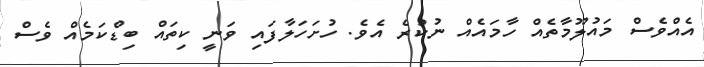
އެއްވެސް މައުލޫމާތެއް ހާމައެއް ނުކުރެ އެވެ. ހުށަހަލާފައި ވަނީ ކިތައް ބިޑްކަމެއް ވެސް